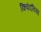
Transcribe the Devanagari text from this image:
किवंदतियां